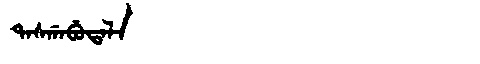
Manchu: ᡨᠠᠰᡤᠠᠪᡠᡨᠠᠯᠠ
Romanization: TASGABUTALA